Statistical return of the lunatic asylum in Assam - 1912-1932
Year: 1912
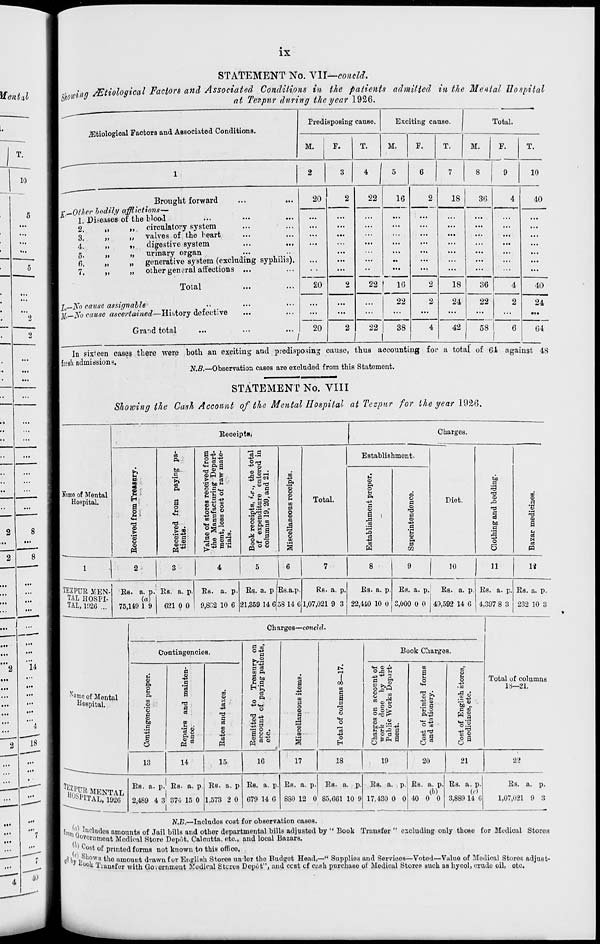
IX
Wenfol
T.
10
••
...
• •
...
••
...
••
...
2
8
11
...
...
...
...
'"4
"T 18
...
in
•••
I
.10
STATEMENT No. VII—conoid.
[ >] inn SEtioloqical Factors and Associated Conditions in the patients admitted in the Mental Hospital
°l l0W J
at Texpur during the year 1926.
.ffitiological Factors and Associated Conditions.
ProdispoBing cause.
Exciting cause.
Total.
M.
E.
T.
M.
F.
T.
M.
F.
T.
10
Brought forward
I r—Other hodily afflictions—
1. Diseases of the blood
2.
3.
4.
5.
6.
7.
11
>>
>f
11
>i
»».
u
i)
it
11
ii
circulatory system
valves of the leart
digestive system
urinary organ
generative system (excluding syphilis).
other general affections ...
Total
\l,—No cause assignable
I ji/.—jVo cause ascertained—History defective
Grand total
...
20
2
...
...
••
...
...
..
1..
...
• •
8).
...
••
...
20
2
...
'" /
20
2
22
16
22
16
22
22
38
18
30
40
18
24
42
36
22
I.
58
40
24
•••
64
In six<een cases there were both an exciting and predisposing cause, thus accounting for a total of 61 against 48
I fresh admissions.
•
.
iV.fi.—Observation cases are excluded from this Statement.
STATEMENT No. VIII
Showing the Cash Account of the Mental Hospital at Tezpnr for the year 1926,
Receipts*
Charges.
eJ
ft
rom
art-
ate-
^3 a
On-.
Establishment.
u
a
m
m
2
60.
B
ft
received f
iring Dep
of raw m
.e., the t
e entero<
and 21.
co
.2*
'©
5
©
bo
a
H3
Name of Mental
©
ft
0
M
d
CD
Hospital.
B-t;
a' •
O :
M •
a
0
H
tores
ufactu
s cost
ipts, 1
iditur
19, 20,
CO
a
0
s
Total.
5
a 1
S
c
0
H
Diet.
is
n3
a
CO
a
;s
^3
co a cc
?> s -,
a
,3
0)
©
Received
13
° co
•a ■tt
© a
© .r<
Value of
the Ma
ment, le
rials.
Book rec
of expi
columns
a
"©
0
to
a
m
a
CO
4a
G
"n
6
A
to
bo
a
0
a
u
8i
tS)
C3
fP
1
2
3
4
5
1 6
1
7
8
9
10
11
u
TEZPUR MEN-
1
Rs. a. p.' Rs. a. p. Rs. a. p. Rs. a. p Rs.a.p.
Rs. a. p.
Rs. a. p. Rs. a. p. Rs. a. p. Rs. a. p. Rs. a. p.
TAL HOSPI-
(a)
TAL, 1926 ...
75,149 1 9
621 0 0 ' 9,802 10 6 21,359 14 G 58 14 0 1,07,021 9 3 22,-110 10 0 3,000 0 0 49,592 14 G 4,397 8 3 232 10 3
^ame of Mental
Hospital.
Charges—conchl.
Contingencies.
©
ft o u
ft
m
9
'S
a
co
bo
a
a
a
a
I a
'3
a
a
03
W
c»
o
H
41
C
rt
co
©
+3
M
a aT
o ■*>
(3
s|
co ft
o
o "S
M
a
o .
a o
8 >H
e3 O
<o
.->
cu
a
o
CO
a
j&
"©
o
CO
1 CO
CO
a
a
"3
o
O
Book Charges.
IM a>4>
a
ft o
s Jfl
* o P
?
©
© . .r. .
bC-^^-P
cs o a ©
g ESPH a
o
© p
.9 a
h Q
ft-43
•s4S o 15
2 a
CO
o
o
•go ._ +3
^-c ©
bo „
a co
CO ©
o a
o
Total of columns
18—21.
13
14
15
1G
17
18
19
20
21
2?
I'SffiffiffiP
Rs. a. p. Rs- a. p
2,489 4 3l 374 15 0
Rs. a. p
1,573 2 0
Rs. a. p
G79 14 G
Rs. a. p.
880 12 0
Rs. a. p.
85,G61 10 9
Rs. a. p.
17,430 0 0
Rs. a. p.
(b)
40 0 0
Rs. a. p.
(c)
3,889 14 0
Rs. a. p.
1,07,021 9 3
N.B.—Includos cost for observation cases.
Wo' Inrtu<l08 amounts of Jail bills and other departmental bills adjusted by " Book Transfer " excluding only those for Medical Stores
u°v ornmont Modical Store Depot, Calcutta, oto., and local Bazars.
' "°'t of printed forms not known to this offioo,
eUy j,*' 10w s tho amount drawn for English Stores unlor the Budgot Head,—" Supplio3 and Services—-Votod—Value of Medical Storos adjust-
uo »i Tiausfor with Go»ornment Modical Stcrus Doput", and ccst cf cush purchaso ol Medical Stores tjuch as hycol, crude oil, otc.